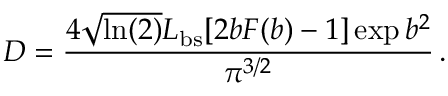
D = \frac { 4 \sqrt { \ln ( 2 ) } L _ { \mathrm { b s } } [ 2 b F ( b ) - 1 ] \exp { b ^ { 2 } } } { \pi ^ { 3 / 2 } } \, .